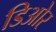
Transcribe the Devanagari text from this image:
डिओर